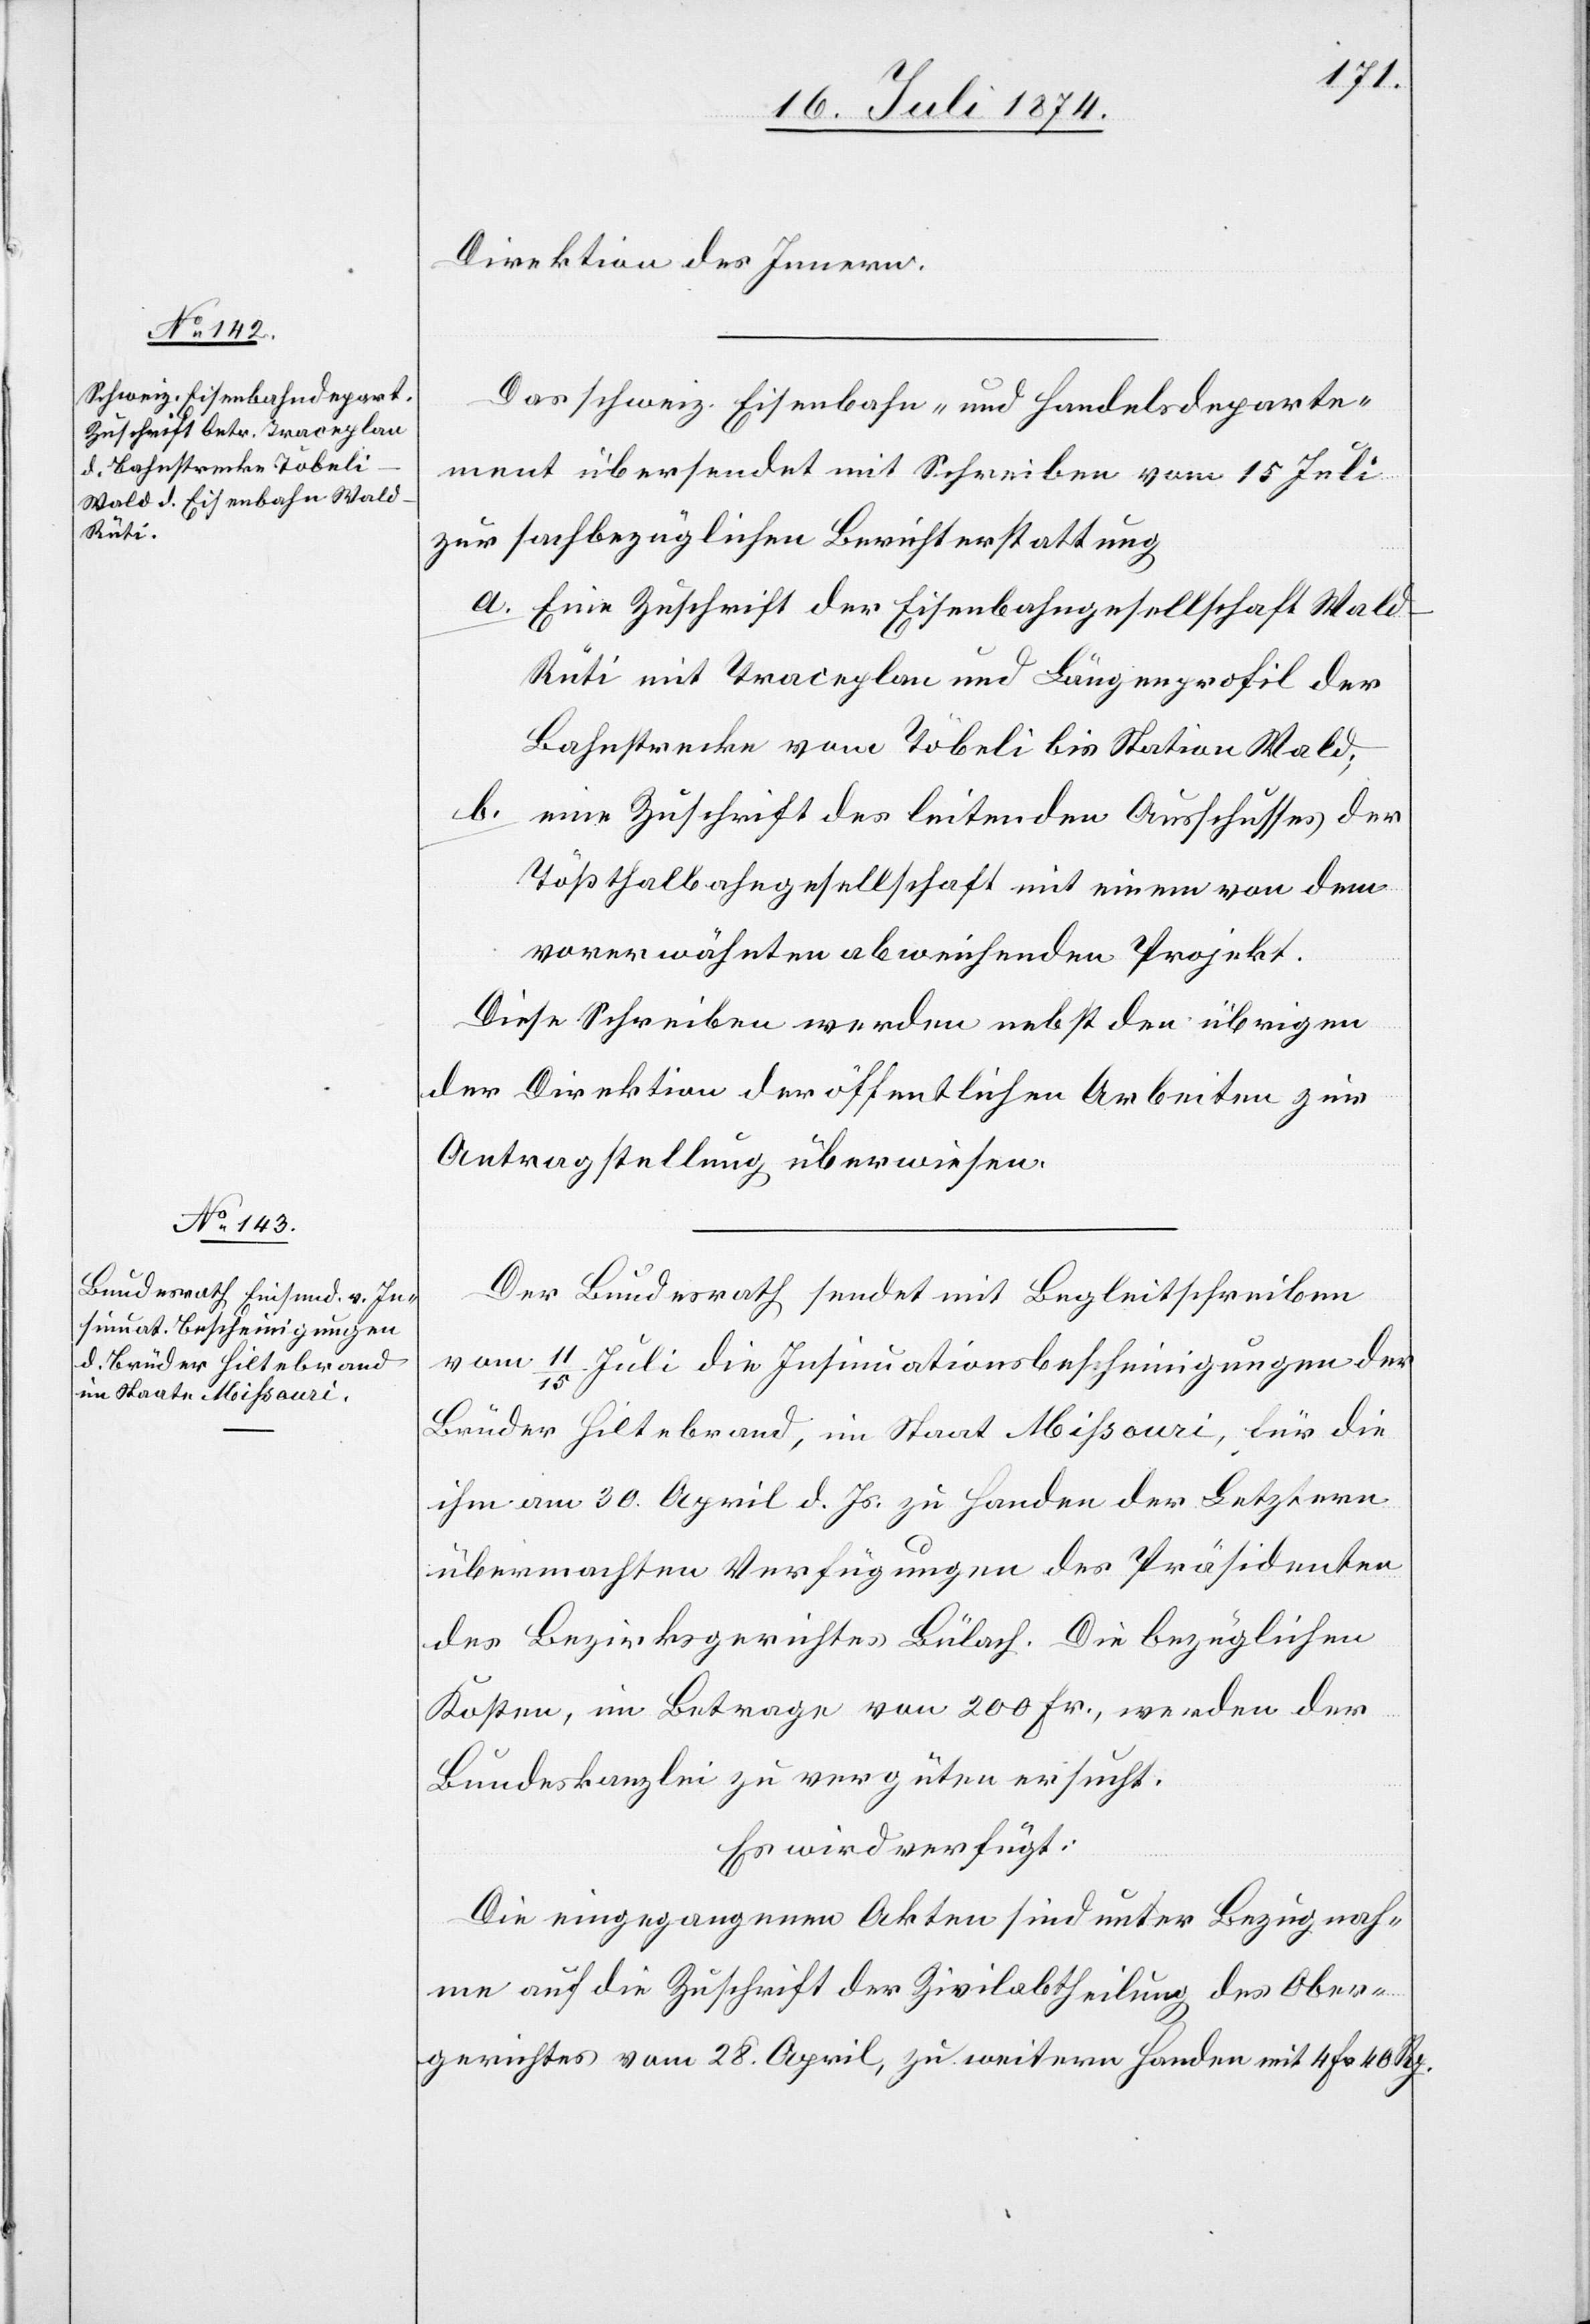
17. Juli 1874.]
Direktion des Innern.
Das schweiz. Eisenbahn- und Handelsdeparte¬
ment übersendet mit Schreiben vom 15. Juli
zur sachbezüglichen Berichterstattung
a. Eine Zuschrift der Eisenbahngesellschaft Wal¬
d–Rüti mit Traceplan und Längenprofil der
Bahnstrecke vom Töbeli bis Station Wald;
b. eine Zuschrift des leitenden Ausschusses der
Tößthalbahngesellschaft mit einem von dem
vorerwähnten abweichenden Projekt.
Diese Schreiben werden nebst den übrigen
der Direktion der öffentlichen Arbeiten zur
Antragstellung überwiesen.
Der Bundesrath sendet mit Begleitschreiben
vom 11./15. Juli die Insinuationsbescheinigungen der
Brüder Hiltebrand, im Staat Mißouri, für die
ihm am 30. April d. Js. zu Handen der Letztern
übermachten Verfügungen des Präsidenten
des Bezirksgerichtes Bülach. Die bezüglichen
Kosten, im Betrage von 200 Fr., werden der
Bundeskanzlei zu vergüten ersucht.
Es wird verfügt:
Die eingegangenen Akten sind unter Bezugnah¬
me auf die Zuschrift der Zivilabtheilung des Ober¬
gerichts vom 28. April, zu weitern Handen mit 4 Fr. 40 Rp.